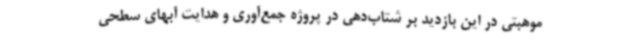
موهبتی در این بازدید بر شتاب‌دهی در پروژه جمع‌آوری و هدایت آبهای سطحی